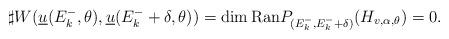
LaTeX: \begin{align*} \sharp W(\underline{u}(E_k^-,\theta),\underline{u}(E_k^-+\delta,\theta)) =\dim\mathrm{Ran} P_{(E_k^-,E_k^-+\delta)}(H_{v,\alpha,\theta})=0.\end{align*}